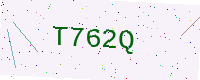
Text: T762Q